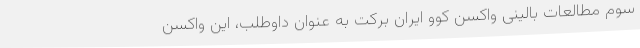
سوم مطالعات بالینی واکسن کوو ایران برکت به عنوان داوطلب، این واکسن